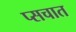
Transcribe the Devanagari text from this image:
प्सचात